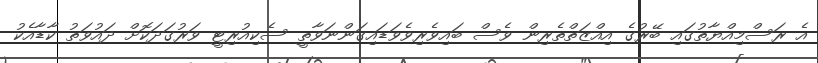
އެ ރަސްމިއްޔާތުގައި ބޭރުގެ އިއްޒަތްތެރިން ވެސް ބައިވެރިވެވަޑައިގަންނަވާތީ ސެކިއުރިޓީ ވަރުގަދަކޮށް ދައުވަތު ކާޑާއެކު